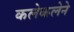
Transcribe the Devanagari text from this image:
कलेकलेने